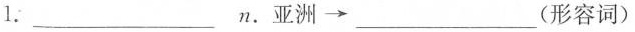
1.___n.亚洲\longrightarrow ___(形容词)